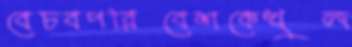
বেচবপরিবেশকেখুল